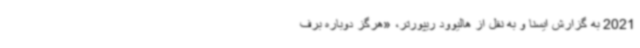
2021 به گزارش ایسنا و به نقل از هالیوود ریپورتر، «هرگز دوباره برف